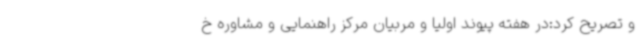
و تصریح کرد:در هفته پیوند اولیا و مربیان مرکز راهنمایی و مشاوره خ